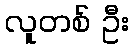
လူတစ် ဦး